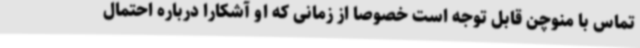
تماس با منوچن قابل توجه است خصوصا از زمانی که او آشکارا درباره احتمال